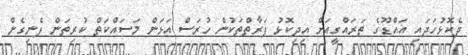
ދެކޮޅުހަދައި އައްޑޫގެ ތަރައްގީއަށް އިދިކޮޅު ފަރާތްތަކުން ހުރަސް އަޅަން މަސައްކަތް ކުރިތަން ފެނިގެން